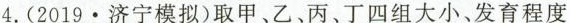
4.(2019·济宁模拟)取甲、乙、丙、丁四组大小、发育程度